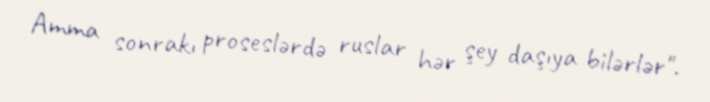
Amma sonrakı proseslərdə ruslar hər şey daşıya bilərlər".